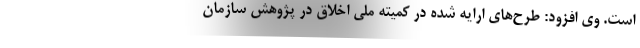
است. وی افزود: طرح‌های ارایه شده در کمیته ملی اخلاق در پژوهش سازمان